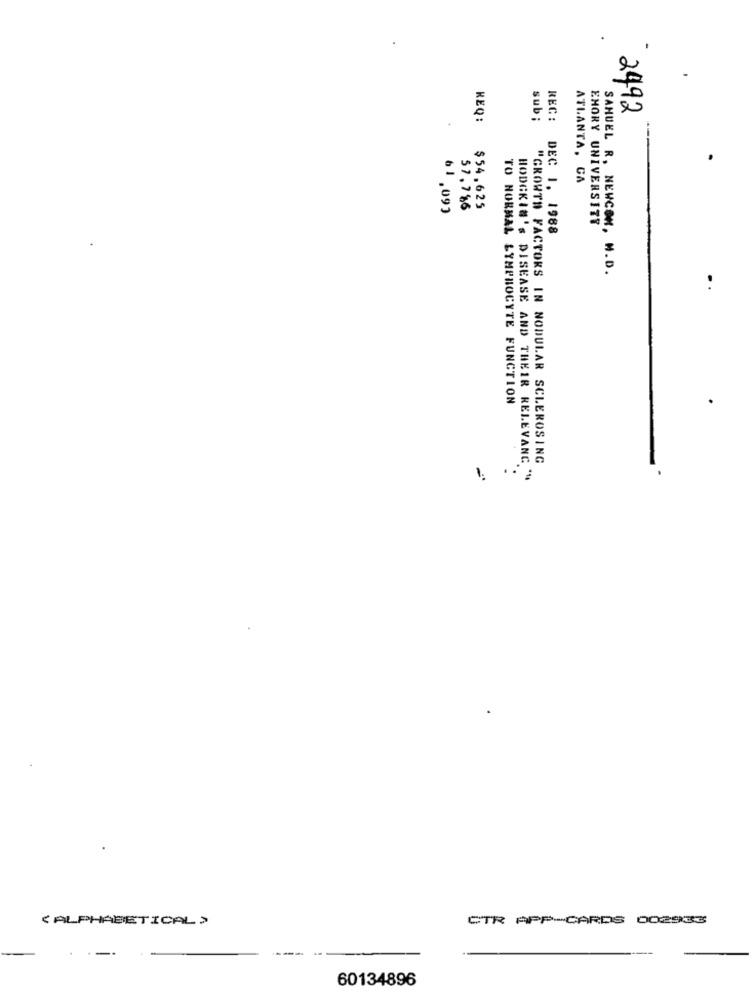
2492
REQ:
sub ;
REC:
ATLANTA, CA
$54.625
61.093
57.7$6
DEC 1. 1988
EMORY UNIVERSITY
SAMUEL R, NEWCOM, M.D.
TO NORMAL LYMPHOCYTE FUNCTION
"GROWTH FACTORS IN NODULAR SCLEROSING
..
HODGKIN'S DISEASE AND THEIR RELEVANC "
1.
<ALPHABETICAL >
CTR APP-CARDS 002933
60134896